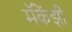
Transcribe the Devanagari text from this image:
मॅकेंझी